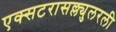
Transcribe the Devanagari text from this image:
एक्सटरासल्ल्युलरली